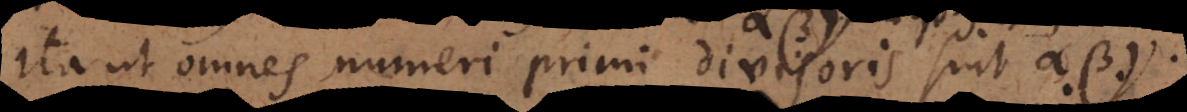
Ita ut omnes numeri primi [dividendi] sint α, β,